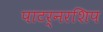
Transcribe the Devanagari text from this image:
पाटर्नरशिप